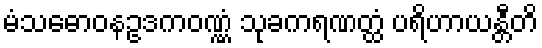
မံသဓောဝနဥဒကဝဏ္ဏံ သုခကရဏတ္ထံ ပရိဟာယန္တီတိ